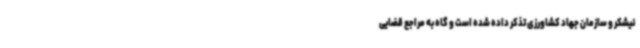
نیشکر و سازمان جهاد کشاورزی تذکر داده شده است و گاه به مراجع قضایی